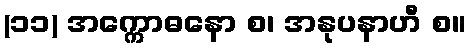
(၁၁) အက္ကောဓနော စ၊ အနုပနာဟီ စ။